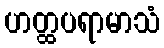
ဟတ္ထပရာမာသံ